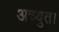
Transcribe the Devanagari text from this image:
अच्युत।